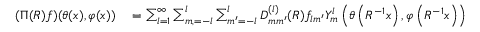
\begin{array} { r l } { ( \Pi ( R ) f ) ( \theta ( x ) , \varphi ( x ) ) } & { { } = \sum _ { l = 1 } ^ { \infty } \sum _ { m , = - l } ^ { l } \sum _ { m ^ { \prime } = - l } ^ { l } D _ { m m ^ { \prime } } ^ { ( l ) } ( R ) f _ { l m ^ { \prime } } Y _ { m } ^ { l } \left( \theta \left( R ^ { - 1 } x \right) , \varphi \left( R ^ { - 1 } x \right) \right) , } \end{array}